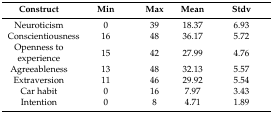
<table><thead><tr><td><b>Construct</b></td><td><b>Min</b></td><td><b>Max</b></td><td><b>Mean</b></td><td><b>Stdv</b></td></tr></thead><tbody><tr><td>Neuroticism</td><td>0</td><td>39</td><td>18.37</td><td>6.93</td></tr><tr><td>Conscientiousness</td><td>16</td><td>48</td><td>36.17</td><td>5.72</td></tr><tr><td>Openness to experience</td><td>15</td><td>42</td><td>27.99</td><td>4.76</td></tr><tr><td>Agreeableness</td><td>13</td><td>48</td><td>32.13</td><td>5.57</td></tr><tr><td>Extraversion</td><td>11</td><td>46</td><td>29.92</td><td>5.54</td></tr><tr><td>Car habit</td><td>0</td><td>16</td><td>7.97</td><td>3.43</td></tr><tr><td>Intention</td><td>0</td><td>8</td><td>4.71</td><td>1.89</td></tr></tbody></table>